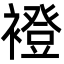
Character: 䙞